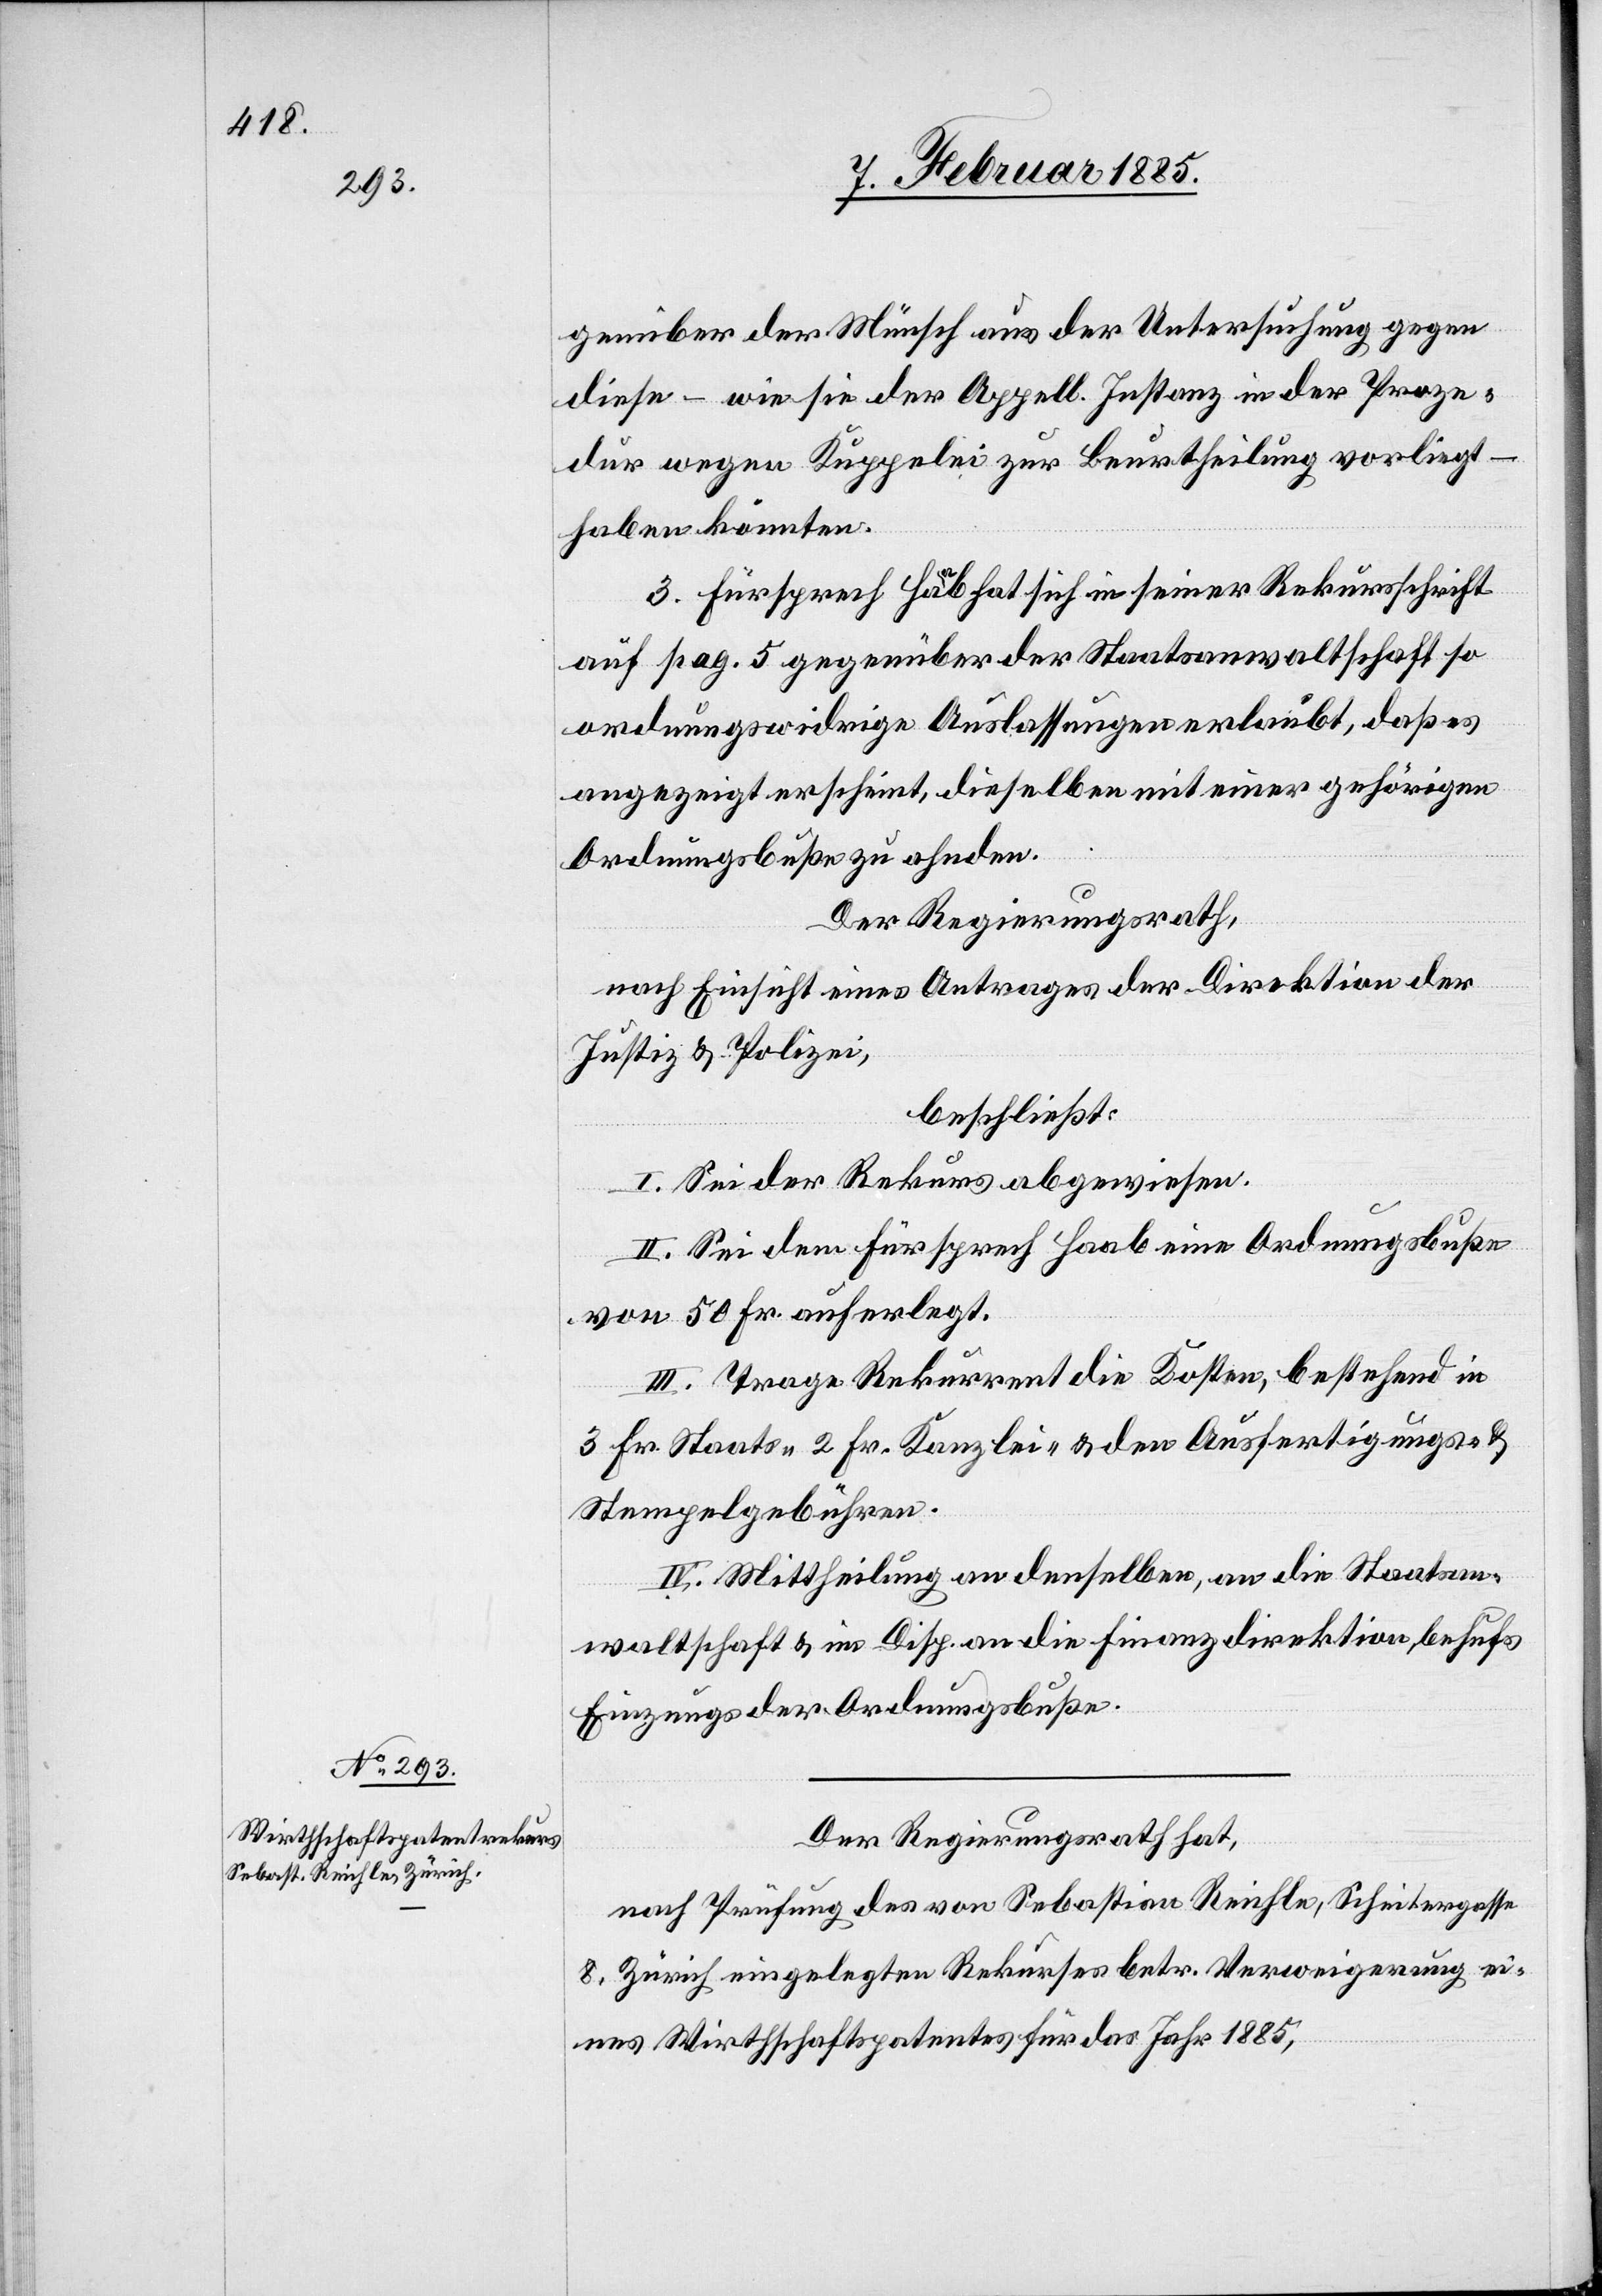
genüber der Münsch aus der Untersuchung gegen
diese – wie sie der Appell. Instanz in der Proze¬
dur wegen Kuppelei zur Beurtheilung vorliegt –
haben könnten.
3. Fürsprech Haab hat sich in seiner Rekursschrift
auf pag. 5 gegenüber der Staatsanwaltschaft so
ordnungswidrige Auslassungen erlaubt, daß es
angezeigt erscheint, dieselben mit einer gehörigen
Ordnungsbuße zu ahnden.
Der Regierungsrath,
nach Einsicht eines Antrages der Direktion der
Justiz & Polizei,
beschließt:
I. Sei der Rekurs abgewiesen.
II. Sei dem Fürsprech Haab eine Ordnungsbuße
von 50 Fr. auferlegt.
III. Trage Rekurrent die Kosten, bestehend in
3 Fr. Staats-[,] 2 Fr. Kanzlei- & den Ausfertigungs- &
Stempelgebühren.
IV. Mittheilung an denselben, an die Staatsan¬
waltschaft & im Disp. an die Finanzdirektion behufs
Einzugs der Ordnungsbuße.
Der Regierungsrath hat,
nach Prüfung des von Sebastian Reichle, Scheitergasse
8, Zürich eingelegten Rekurses betr. Verweigerung ei¬
nes Wirthschaftspatentes für das Jahr 1885,